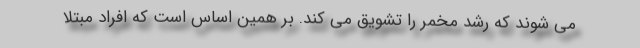
می شوند که رشد مخمر را تشویق می کند. بر همین اساس است که افراد مبتلا